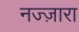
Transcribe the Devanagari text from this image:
नज्ज़ारा